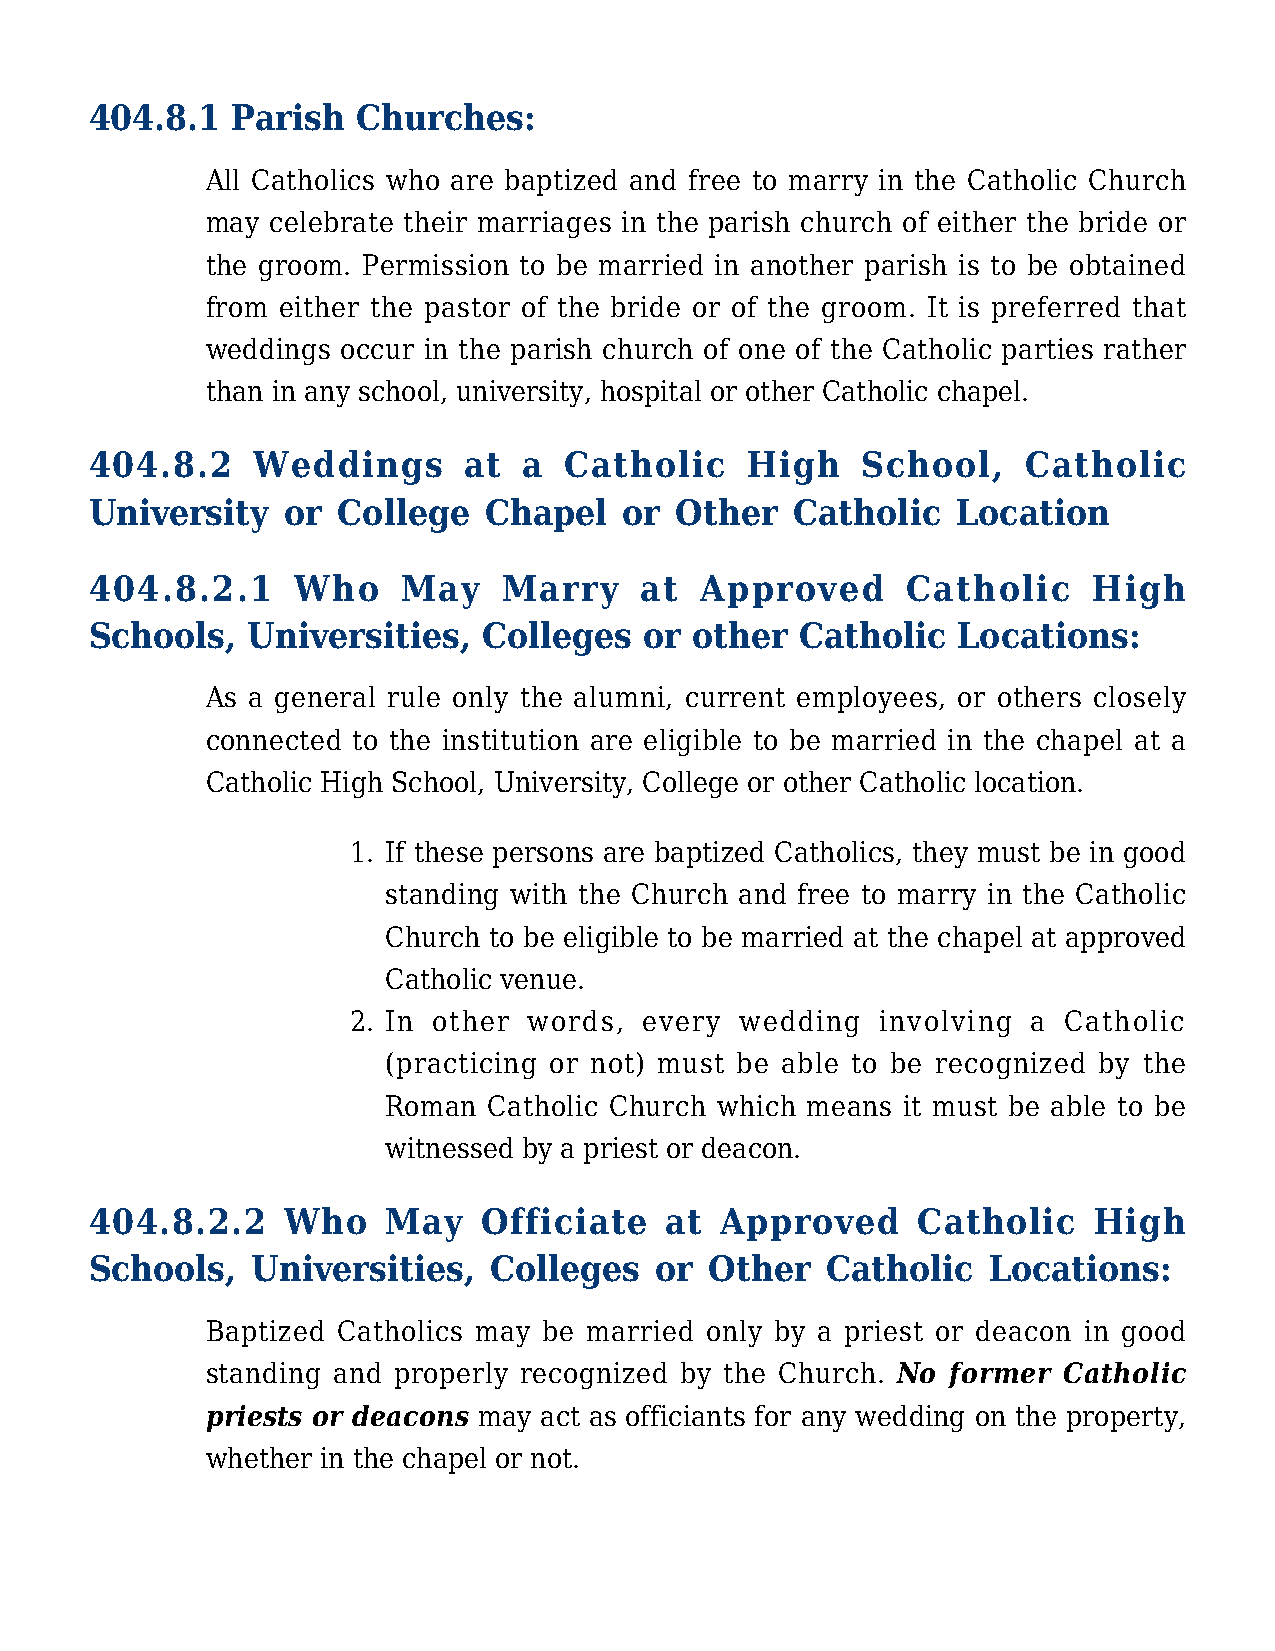
404.8.1  Parish   Churches:
 All Catholics who are baptized and free to marry in the Catholic Church
 may celebrate their marriages in the parish church of either the bride or
 the groom. Permission to be married in another parish is to be obtained
 from either the pastor of the bride or of the groom. It is preferred that
 weddings occur in the parish church of one of the Catholic parties rather
 than in any school, university, hospital or other Catholic chapel.
 404.8.2    Weddings      at  a Catholic    High    School,    Catholic
 University   or College   Chapel   or  Other   Catholic  Location
 404.8.2.1    Who     May   Marry    at  Approved      Catholic    High
 Schools,  Universities,   Colleges   or other  Catholic  Locations:
 As a general rule only the alumni, current employees, or others closely
 connected to the institution are eligible to be married in the chapel at a
 Catholic High School, University, College or other Catholic location.
 1. If these persons are baptized Catholics, they must be in good
 standing with the Church and free to marry in the Catholic
 Church to be eligible to be married at the chapel at approved
 Catholic venue.
 2. In other words, every  wedding  involving a Catholic
 (practicing or not) must be able to be recognized by the
 Roman Catholic Church which means it must be able to be
 witnessed by a priest or deacon.
 404.8.2.2    Who    May   Officiate   at  Approved     Catholic   High
 Schools,   Universities,  Colleges   or  Other   Catholic  Locations:
 Baptized Catholics may be married only by a priest or deacon in good
 standing and properly recognized by the Church. No former Catholic
 priests or deacons may act as officiants for any wedding on the property,
 whether in the chapel or not.